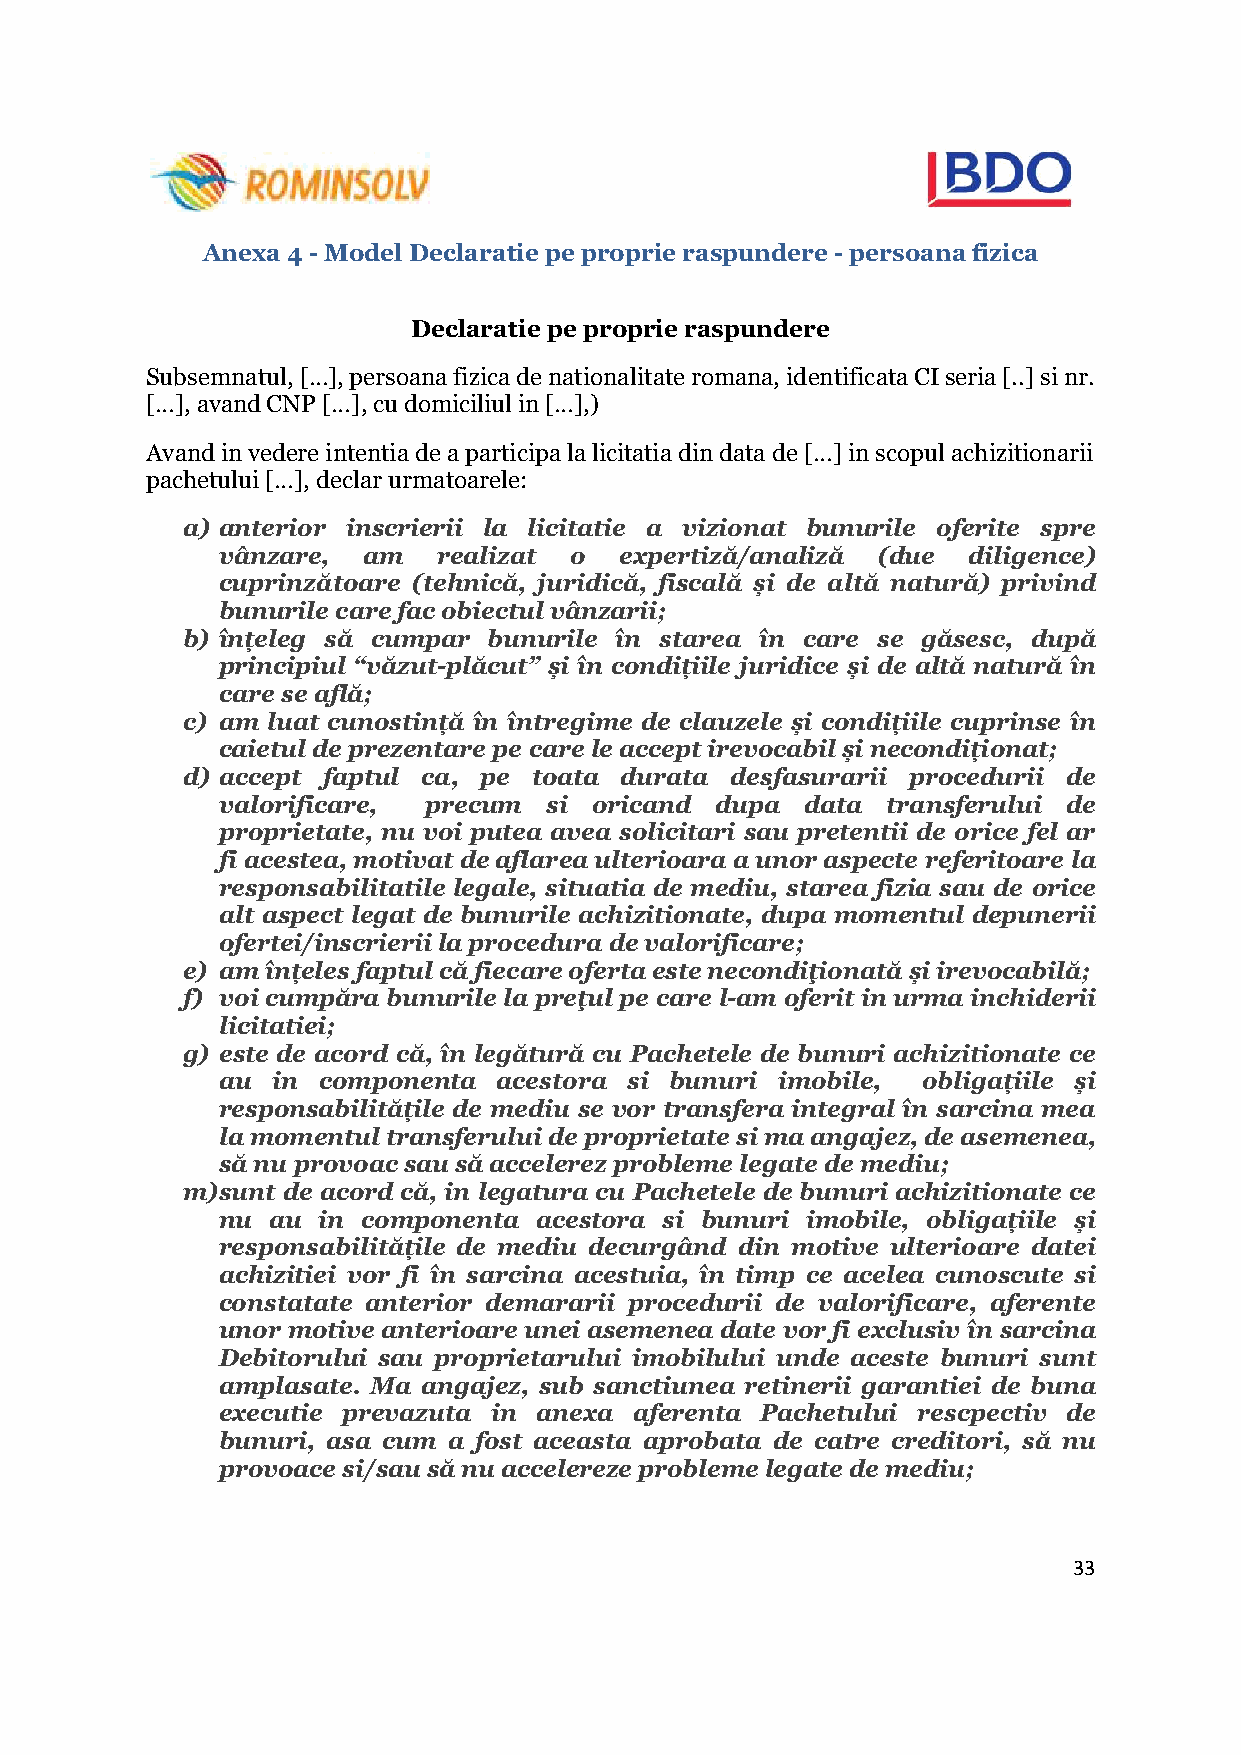
Anexa 4 - Model Declaratie pe proprie raspundere - persoana fizica
 Declaratie pe proprie raspundere
 Subsemnatul, […], persoana fizica de nationalitate romana, identificata CI seria [..] si nr.
 […], avand CNP […], cu domiciliul in […],)
 Avand in vedere intentia de a participa la licitatia din data de […] in scopul achizitionarii
 pachetului […], declar urmatoarele:
 a) anterior inscrierii la licitatie a vizionat bunurile oferite spre
 vânzare,  am   realizat o  expertiză/analiză (due diligence)
 cuprinzătoare (tehnică, juridică, fiscală și de altă natură) privind
 bunurile care fac obiectul vânzarii;
 b) înțeleg să cumpar bunurile în starea în care se găsesc, după
 principiul “văzut-plăcut” și în condițiile juridice și de altă natură în
 care se află;
 c) am luat cunostință în întregime de clauzele și condițiile cuprinse în
 caietul de prezentare pe care le accept irevocabil și necondiționat;
 d) accept faptul ca, pe toata durata desfasurarii procedurii de
 valorificare, precum  si oricand dupa  data  transferului de
 proprietate, nu voi putea avea solicitari sau pretentii de orice fel ar
 fi acestea, motivat de aflarea ulterioara a unor aspecte referitoare la
 responsabilitatile legale, situatia de mediu, starea fizia sau de orice
 alt aspect legat de bunurile achizitionate, dupa momentul depunerii
 ofertei/inscrierii la procedura de valorificare;
 e) am înțeles faptul că fiecare oferta este necondiţionată și irevocabilă;
 f) voi cumpăra bunurile la preţul pe care l-am oferit in urma inchiderii
 licitatiei;
 g) este de acord că, în legătură cu Pachetele de bunuri achizitionate ce
 au  in componenta  acestora si bunuri imobile, obligațiile și
 responsabilitățile de mediu se vor transfera integral în sarcina mea
 la momentul transferului de proprietate si ma angajez, de asemenea,
 să nu provoac sau să accelerez probleme legate de mediu;
 m) sunt de acord că, in legatura cu Pachetele de bunuri achizitionate ce
 nu  au in componenta acestora si bunuri imobile, obligațiile și
 responsabilitățile de mediu decurgând din motive ulterioare datei
 achizitiei vor fi în sarcina acestuia, în timp ce acelea cunoscute si
 constatate anterior demararii procedurii de valorificare, aferente
 unor motive anterioare unei asemenea date vor fi exclusiv în sarcina
 Debitorului sau proprietarului imobilului unde aceste bunuri sunt
 amplasate. Ma angajez, sub sanctiunea retinerii garantiei de buna
 executie prevazuta in anexa aferenta Pachetului rescpectiv de
 bunuri, asa cum a fost aceasta aprobata de catre creditori, să nu
 provoace si/sau să nu accelereze probleme legate de mediu;
 33